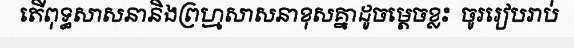
តើពុទ្ធសាសនានិងព្រហ្មសាសនាខុសគ្នាដូចម្តេចខ្លះ  ចូររៀបរាប់